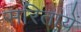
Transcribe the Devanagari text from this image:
सरितायें